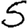
Digit: 5